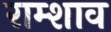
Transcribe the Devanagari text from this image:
राम्शाव